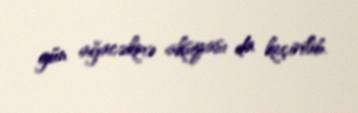
gün ağacəkmə aksiyası da keçirilib.